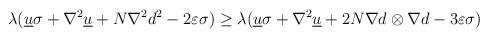
LaTeX: \begin{align*}\lambda(\underline{u}\sigma+\nabla^2\underline{u}+N \nabla^2d^2-2\varepsilon \sigma) \geq \lambda(\underline{u}\sigma+\nabla^2\underline{u}+2N \nabla d\otimes\nabla d-3\varepsilon \sigma)\end{align*}